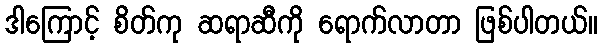
ဒါကြောင့် စိတ်ကု ဆရာဆီကို ရောက်လာတာ ဖြစ်ပါတယ်။